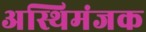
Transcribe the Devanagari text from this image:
अस्थिमंजक